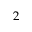
2